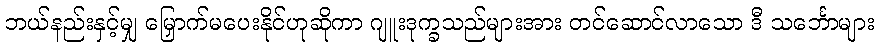
ဘယ်နည်းနှင့်မျှ မြှောက်မပေးနိုင်ဟုဆိုကာ ဂျူးဒုက္ခသည်များအား တင်ဆောင်လာသော ဒီ သင်္ဘောများ